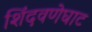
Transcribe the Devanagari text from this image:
शिंदवणेघाट